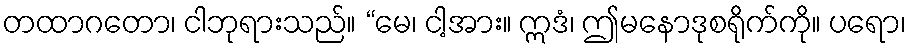
တထာဂတော၊ ငါဘုရားသည်။ “မေ၊ ငါ့အား။ ဣဒံ၊ ဤမနောဒုစရိုက်ကို။ ပရော၊